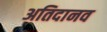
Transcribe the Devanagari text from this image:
अतिदानव